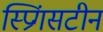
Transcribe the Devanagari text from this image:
स्प्रिंगसटीन